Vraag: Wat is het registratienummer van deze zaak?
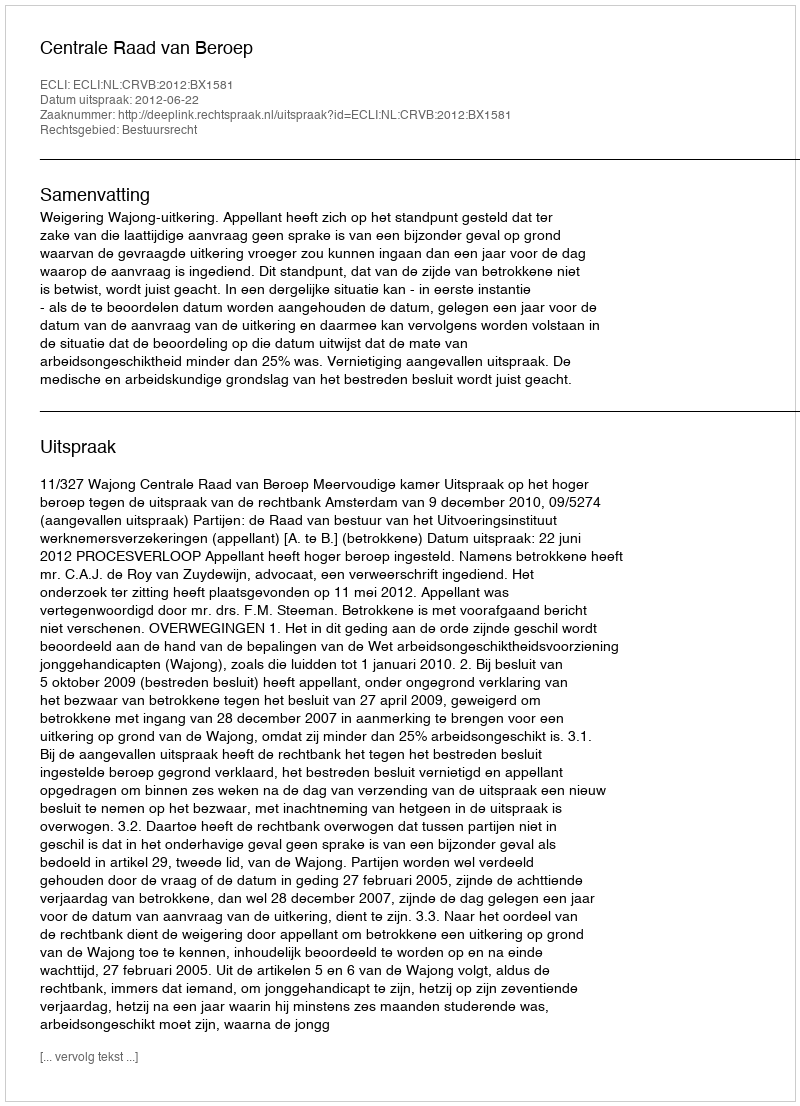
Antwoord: http://deeplink.rechtspraak.nl/uitspraak?id=ECLI:NL:CRVB:2012:BX1581